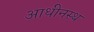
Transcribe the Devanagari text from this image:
आधीनस्थ